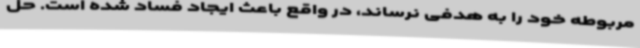
مربوطه خود را به هدفی نرساند، در واقع باعث ایجاد فساد شده است. حل